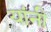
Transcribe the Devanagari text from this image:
यांंनी